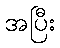
အပြီး